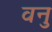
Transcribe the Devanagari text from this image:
वनु